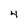
Character: 4